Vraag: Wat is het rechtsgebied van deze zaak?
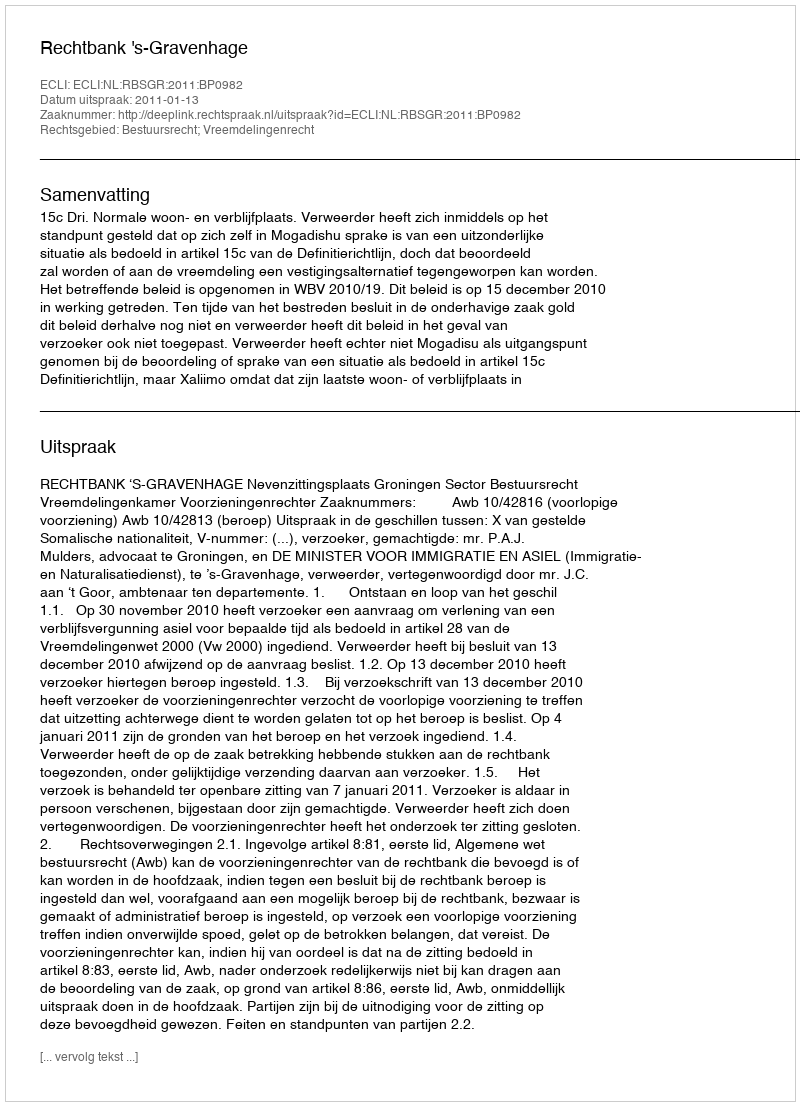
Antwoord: Bestuursrecht; Vreemdelingenrecht